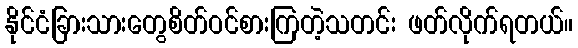
နိုင်ငံခြားသားတွေစိတ်ဝင်စားကြတဲ့သတင်း ဖတ်လိုက်ရတယ်။